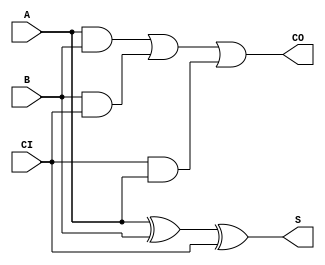
`timescale 1ns / 1ps
//////////////////////////////////////////////////////////////////////////////////
// Company: 
// Engineer: 
// 
// Design Name: 
// Module Name: OneBitAdder
// Project Name: 
// Target Devices: 
// Tool Versions: 
// Description: 
// 
// Dependencies: 
// 
// Revision:
// Revision 0.01 - File Created
// Additional Comments:
// 
//////////////////////////////////////////////////////////////////////////////////


module OneBitAdder( //Full Adder //1 bit
    input A,
    input B,
    input CI,
    output S,
    output CO
    );
    
    
    assign S=(A^B^CI);
    assign CO=(A&B)|(B&CI)|(CI&A);

endmodule